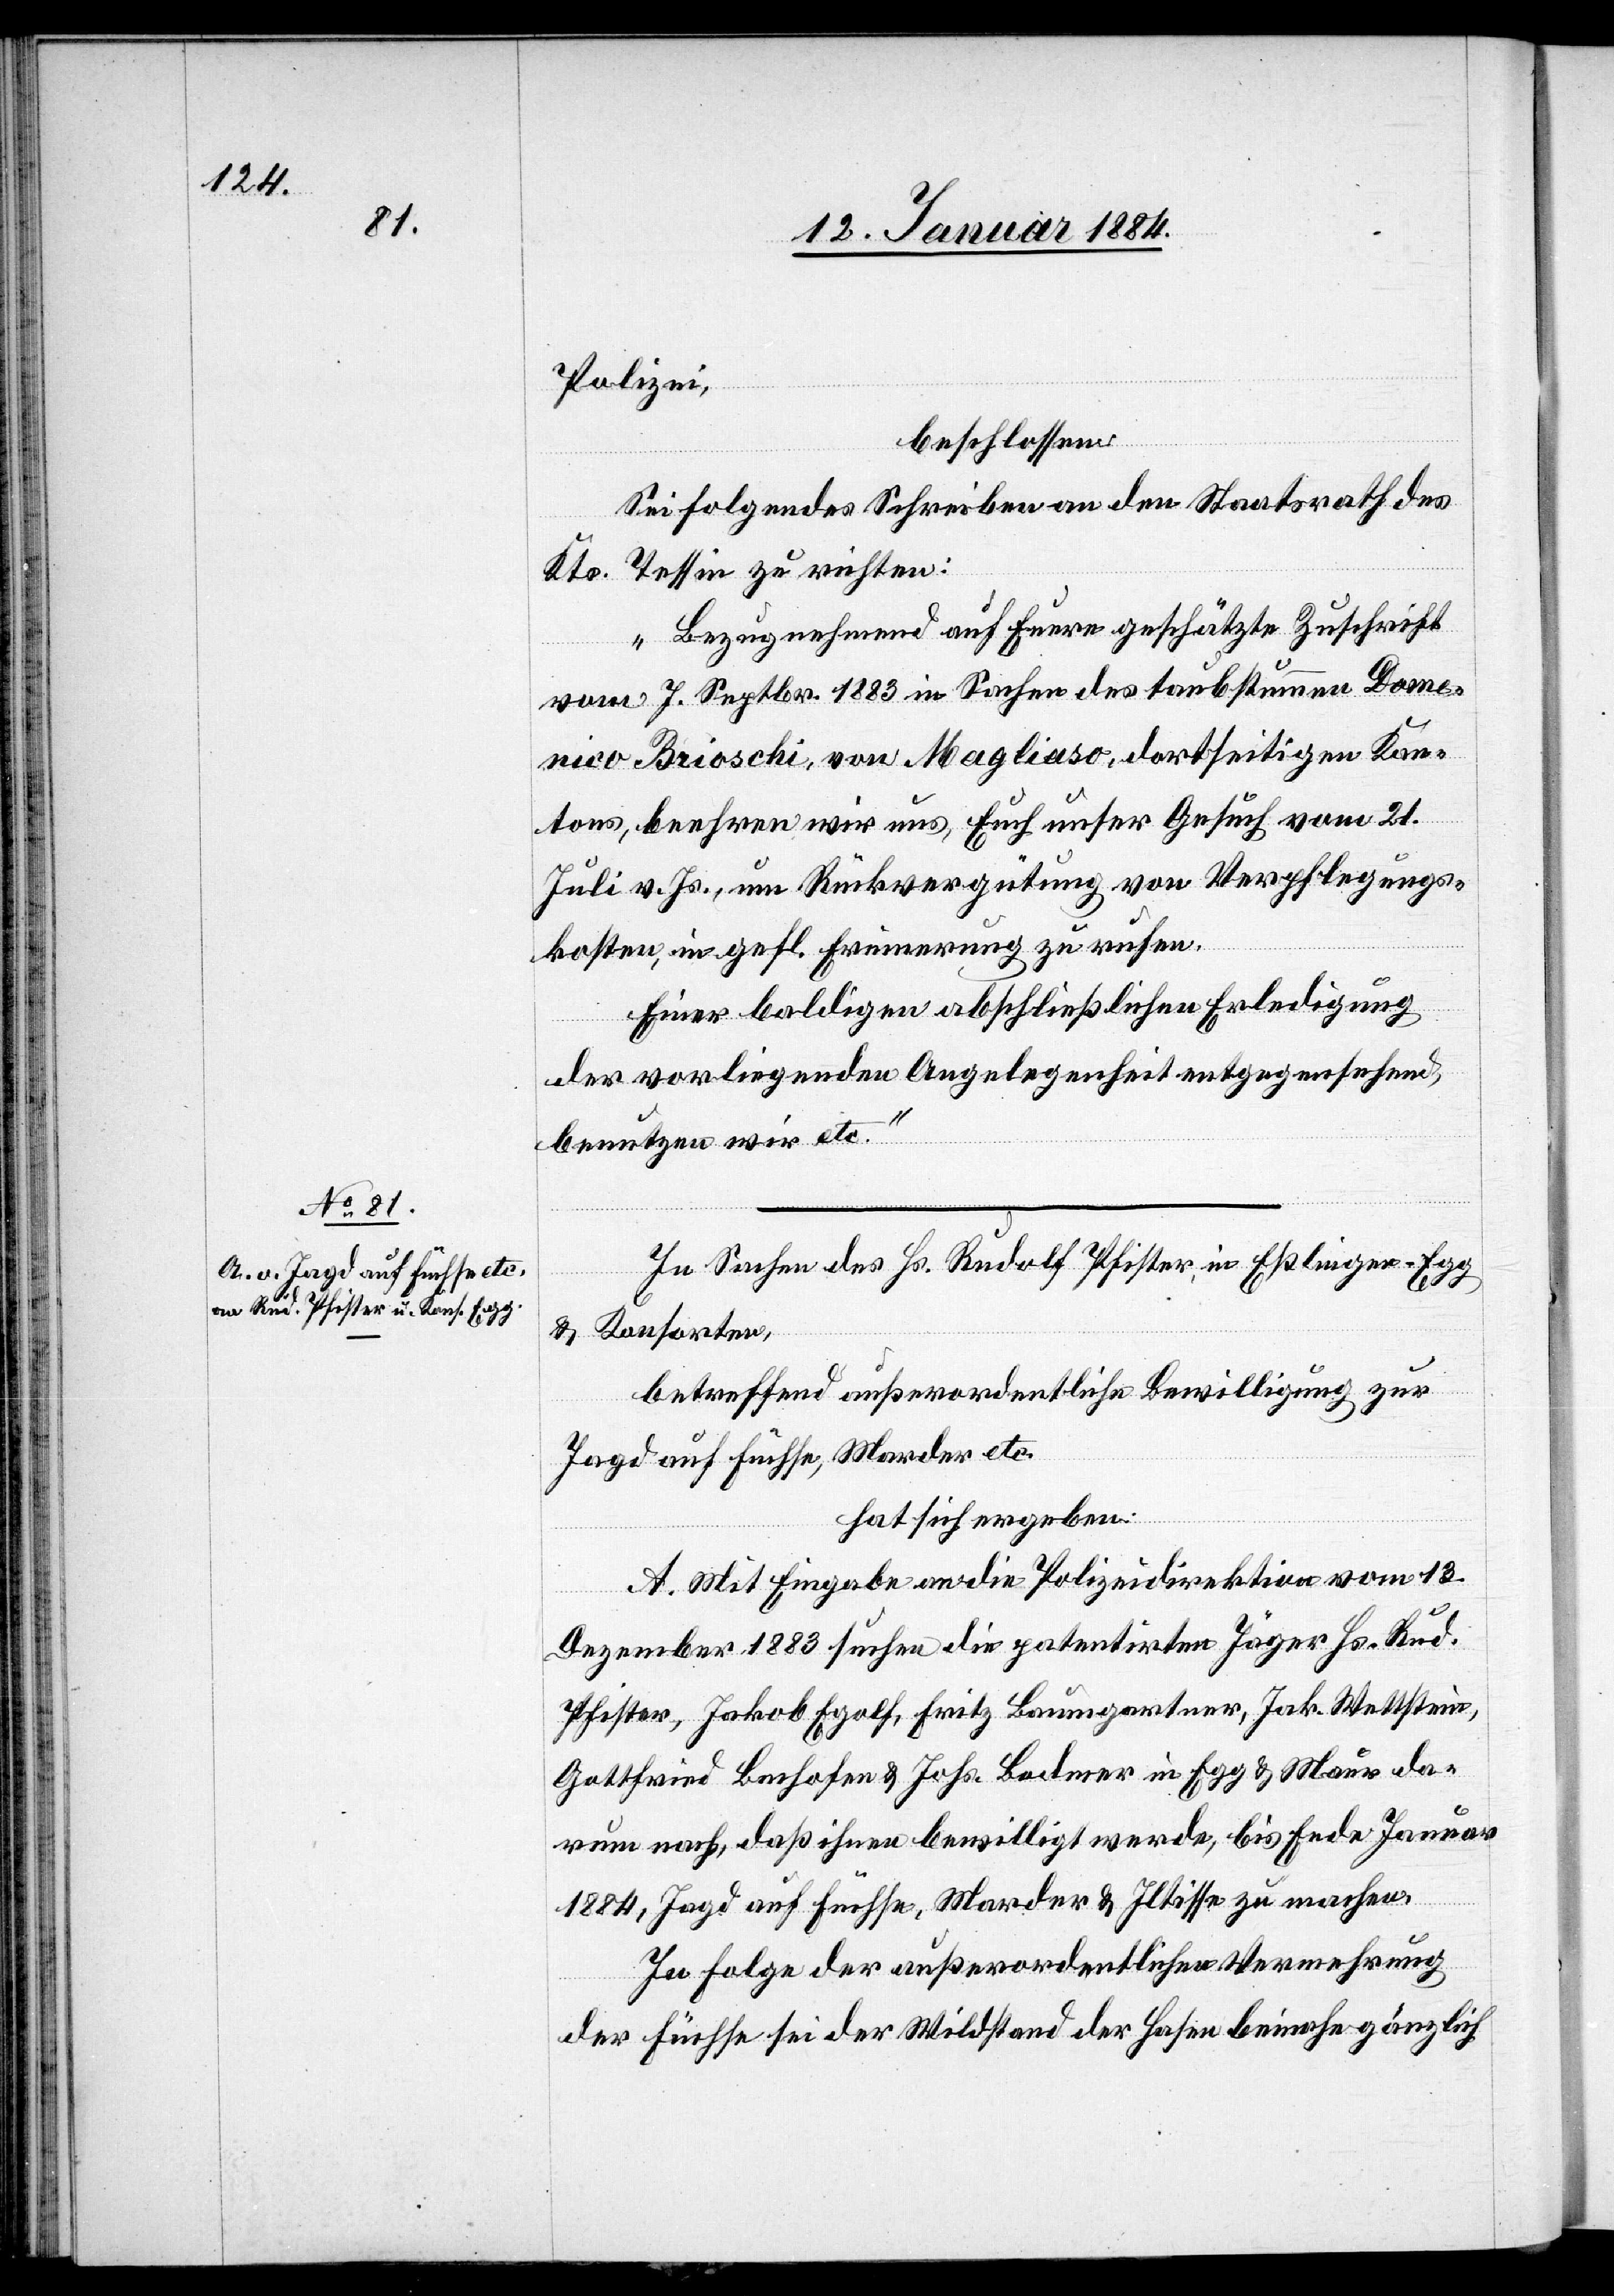
Polizei,
beschlossen:
Sei folgendes Schreiben an den Staatsrath des
Kts. Tessin zu richten:
„Bezugnehmend auf Euere geschätzte Zuschrift
vom 7. Septbr. 1883 in Sachen des taubstummen Domenico
Brioschi, von Magliaso, dortseitigen Kan¬
tons, beehren wir uns, Euch unser Gesuch vom 21.
Juli v. Js. um Rückvergütung von Verpflegungs¬
kosten, in gefl. Erinnerung zu rufen.
Einer baldigen abschließlichen Erledigung
der vorliegenden Angelegenheit entgegensehend,
benutzen wir etc.“
In Sachen des Hs. Rudolf Pfister, in Eßlingen - Egg
& Konsorten,
betreffen außerordentliche Bewilligung zur
Jagd auf Füchse, Marder etc.
hat sich ergeben:
A. Mit Eingabe an die Polizeidirektion vom 13.
Dezember 1883 suchen die patentirten Jäger Hs. Rud.
Pfister, Jakob Egolf, Fritz Bodmer in Egg & Mau¬
rum nach, daß ihnen bewilligt werde, bis Ende Januar
1884, Jagd auf Füchse, Marder & Iltisse zu machen.
In Folge der außerordentlichen Vermehrung
r da¬
der Füchse sei der Wildstand der Hasen beinahe gänzlich